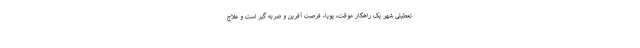
تعطیلی شهر یک راهکار موقت، پویا، فرصت آفرین و ضربه گیر است و علاج